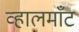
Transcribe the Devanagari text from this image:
व्हालमाँट